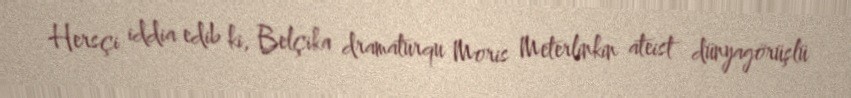
Hersçi iddia edib ki, Belçika dramaturqu Moris Meterlinkin ateist dünyagörüşlü